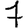
Digit: 7